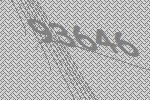
93646